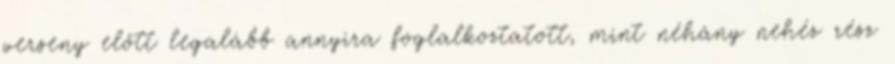
verseny előtt legalább annyira foglalkoztatott, mint néhány nehéz rész